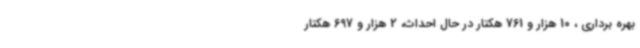
بهره برداری ، 10 هزار و 761 هکتار در حال احداث، 2 هزار و 697 هکتار